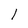
Character: l